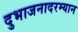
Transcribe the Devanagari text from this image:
दुभाजनादरम्यान